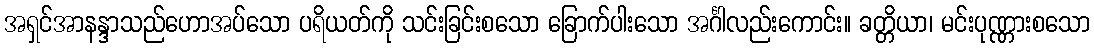
အရှင်အာနန္ဒာသည်ဟောအပ်သော ပရိယတ်ကို သင်းခြင်းစသော ခြောက်ပါးသော အင်္ဂါလည်းကောင်း။ ခတ္တိယာ၊ မင်းပုဏ္ဏားစသော